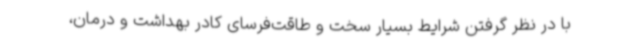
با در نظر گرفتن شرایط بسیار سخت و طاقت‌فرسای کادر بهداشت و درمان،